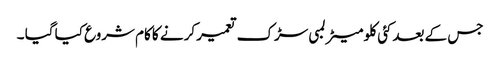
جس کے بعدکئی کلو میٹر لمبی سڑک تعمیر کرنے کا کام شروع کیا گیا ۔